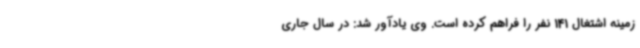
زمینه اشتغال 141 نفر را فراهم کرده است. وی یادآور شد: در سال جاری